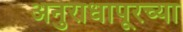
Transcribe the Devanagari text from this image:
अनुराधापूरच्या